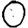
Digit: 0